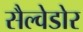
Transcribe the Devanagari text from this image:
सैल्वेडोर